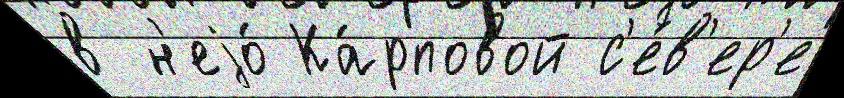
в н'еjо́ Ка́рповой с'е́в'ер'е